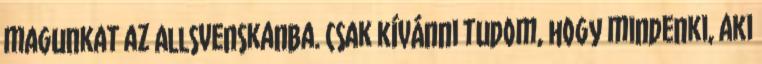
magunkat az Allsvenskanba. Csak kívánni tudom, hogy mindenki, aki